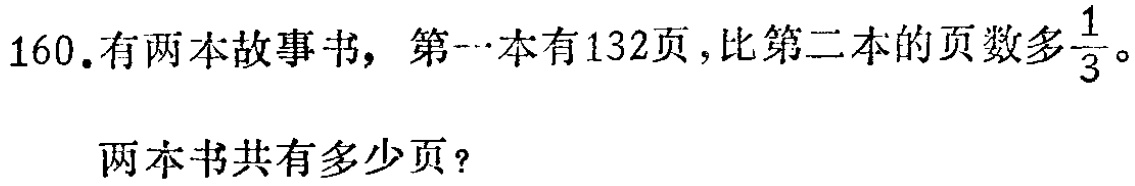
160.有两本故事书，第一本有132页，比第二本的页数多$\frac{1}{3}$。

两本书共有多少页？